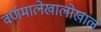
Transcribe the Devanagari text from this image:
वर्णमालेखालोखाल